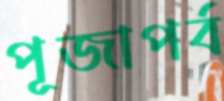
পূজাপর্ব